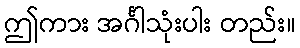
ဤကား အင်္ဂါသုံးပါး တည်း။